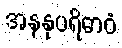
အနနုပရိဓာဝံ